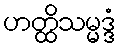
ဟတ္ထိသမ္မဒ္ဒံ